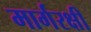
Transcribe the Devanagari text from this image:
मार्गरक्षी